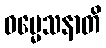
ဓမ္မေသနာတိ